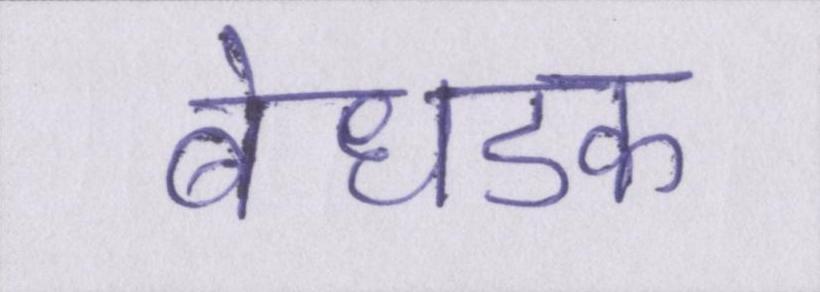
बेधडक